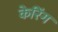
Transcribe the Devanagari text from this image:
केरिंग